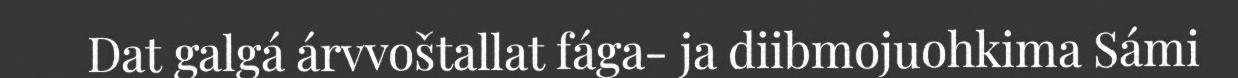
Dat galgá árvvoštallat fága- ja diibmojuohkima Sámi